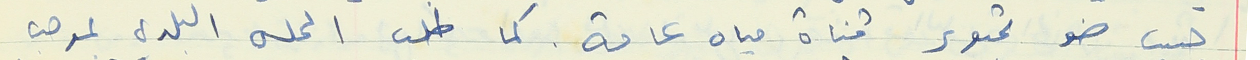
حبيب ضو تحوير قناة مياه عامة. كما طلب المجلس البلدي بموجب